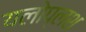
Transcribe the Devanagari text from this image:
यलोप्लश